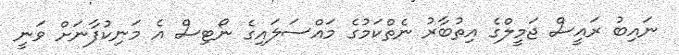
ނައިބު ރައީސް ޖަމީލްގެ އިތުބާރު ނެތްކަމުގެ މައްސަލައިގެ ނޯޓިސް އެ މަނިކުފާނަށް ވަނީ